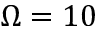
\Omega = 1 0